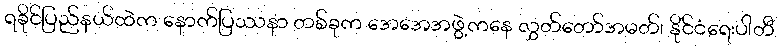
ရခိုင်ပြည်နယ်ထဲက နောက်ပြဿနာ တစ်ခုက အေအေအဖွဲ့ကနေ လွှတ်တော်အမတ်၊ နိုင်ငံရေးပါတီ